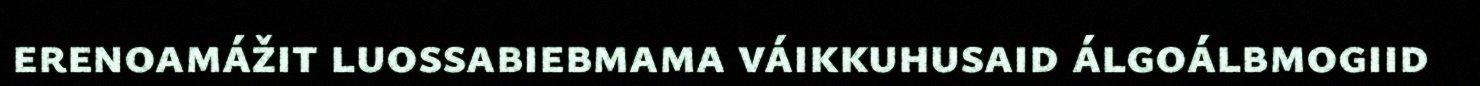
erenoamážit luossabiebmama váikkuhusaid álgoálbmogiid